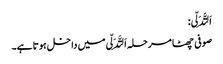
اَلتَّدَلِّی:
صوفی چھٹا مرحلہ اَلتَّدَلِّی میں داخل ہوتا ہے۔